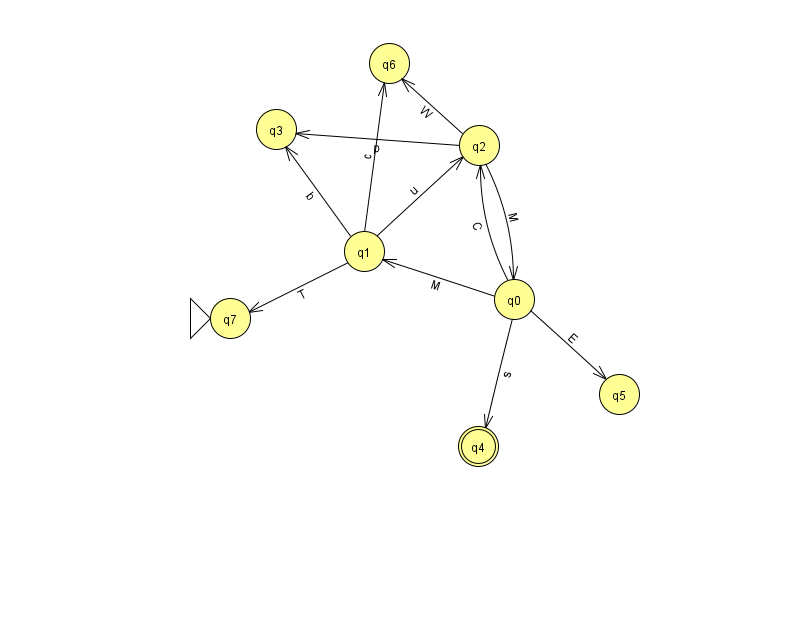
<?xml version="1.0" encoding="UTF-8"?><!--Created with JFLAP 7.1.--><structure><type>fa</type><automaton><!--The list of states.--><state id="0" name="q0"><x>514.0</x><y>286.0</y></state><state id="1" name="q1"><x>364.0</x><y>238.0</y></state><state id="2" name="q2"><x>479.0</x><y>132.0</y></state><state id="3" name="q3"><x>276.0</x><y>116.0</y></state><state id="4" name="q4"><x>478.0</x><y>433.0</y><final/></state><state id="5" name="q5"><x>619.0</x><y>381.0</y></state><state id="6" name="q6"><x>389.0</x><y>50.0</y></state><state id="7" name="q7"><x>230.0</x><y>305.0</y><initial/></state><!--The list of transitions.--><transition><from>1</from><to>2</to><read>u</read></transition><transition><from>0</from><to>2</to><read>C</read></transition><transition><from>0</from><to>4</to><read>s</read></transition><transition><from>0</from><to>5</to><read>E</read></transition><transition><from>2</from><to>6</to><read>W</read></transition><transition><from>0</from><to>1</to><read>M</read></transition><transition><from>2</from><to>0</to><read>M</read></transition><transition><from>1</from><to>6</to><read>c</read></transition><transition><from>2</from><to>3</to><read>p</read></transition><transition><from>1</from><to>3</to><read>b</read></transition><transition><from>1</from><to>7</to><read>T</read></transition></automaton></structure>